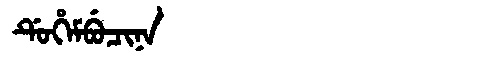
Manchu: ᡩᡠᡥᡝᠮᠪᡠᠴᡳᠨᠠ
Romanization: DUHEMBUCINA